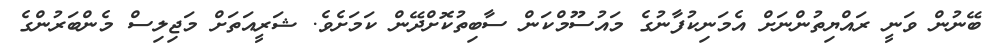
ބޭނުން ވަނީ ރައްޔިތުންނަށް އެމަނިކުފާނުގެ މައުސޫމްކަން ސާބިތުކޮށްދޭން ކަމަށެވެ. ޝަރީއަތަށް މަޖިލިސް މެންބަރުންގެ